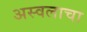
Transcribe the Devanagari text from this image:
अस्वलाचा